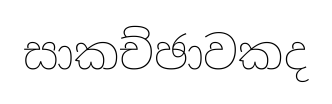
සාකච්ඡාවකද